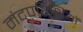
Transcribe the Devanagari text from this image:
मंदपरिधियों